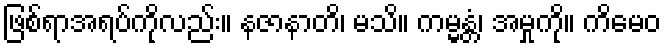
ဖြစ်ရာအရပ်ကိုလည်း။ နဇာနာတိ၊ မသိ။ ကမ္မန္တံ၊ အမှုကို။ ကိမေဝ